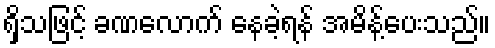
ရှိသဖြင့် ခဏလောက် နေခဲ့ရန် အမိန့်ပေးသည်။